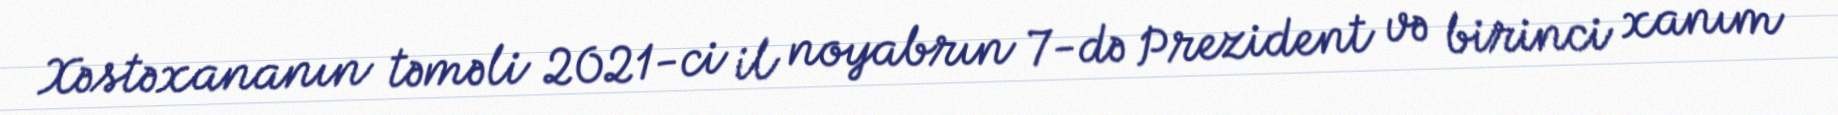
Xəstəxananın təməli 2021-ci il noyabrın 7-də Prezident və birinci xanım